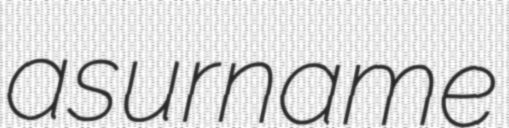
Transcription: a surname